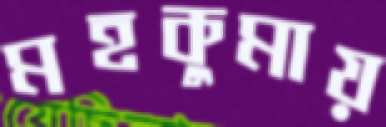
মহকুমায়